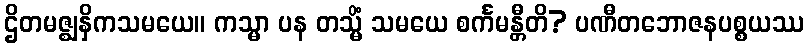
ဌိတမဇ္ဈနှိကသမယေ။ ကသ္မာ ပန တသ္မိံ သမယေ စင်္ကမန္တီတိ? ပဏီတဘောဇနပစ္စယဿ